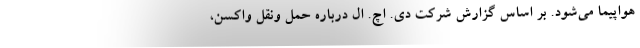
هواپیما می‌شود. بر اساس گزارش شرکت دی. اچ. ال درباره حمل ونقل واکسن،